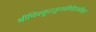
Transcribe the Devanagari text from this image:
श्रीचित्रकूटतुलसीपीठाधीश्वर